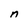
Character: n